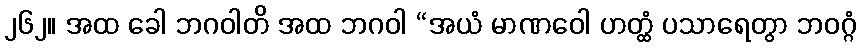
၂၆၂။ အထ ခေါ ဘဂဝါတိ အထ ဘဂဝါ “အယံ မာဏဝေါ ဟတ္ထံ ပသာရေတွာ ဘဝဂ္ဂံ